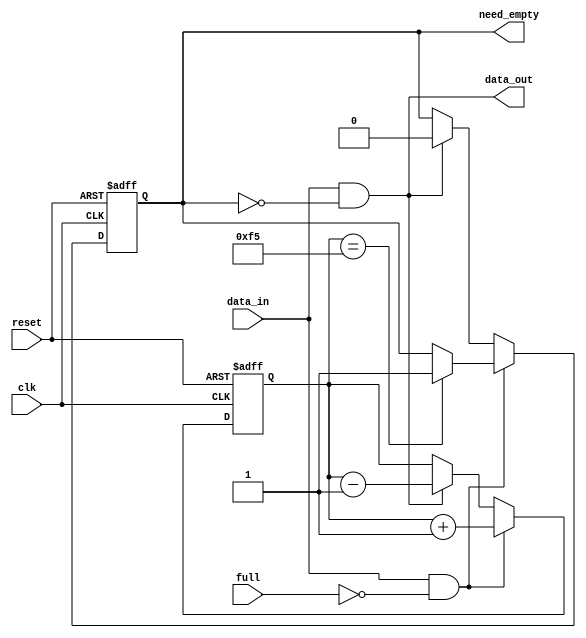
module almost_full_fifo (
    input wire clk,
    input wire reset,
    input wire data_in,
    input wire full,
    output wire data_out,
    output wire need_empty
);

reg [7:0] fill_level;
reg almost_full;

always @(posedge clk or posedge reset) begin
    if (reset) begin
        fill_level <= 0;
        almost_full <= 0;
    end else begin
        if (data_in & ~full) begin
            fill_level <= fill_level + 1;
            if (fill_level == 245) begin
                almost_full <= 1;
            end
        end else if (data_out) begin
            fill_level <= fill_level - 1;
            almost_full <= 0;
        end
    end
end

assign data_out = data_in & ~almost_full;
assign need_empty = almost_full;

endmodule